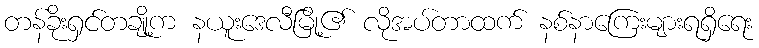
တန်ခိုးရှင်တချို့က နယူးဒေလီမြို့၏ လိုအပ်တာထက် နစ်နာကြေးများရရှိရေး